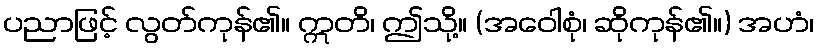
ပညာဖြင့် လွတ်ကုန်၏။ ဣတိ၊ ဤသို့။ (အဝေါစုံ၊ ဆိုကုန်၏။) အဟံ၊